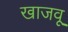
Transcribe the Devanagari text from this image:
खाजवू